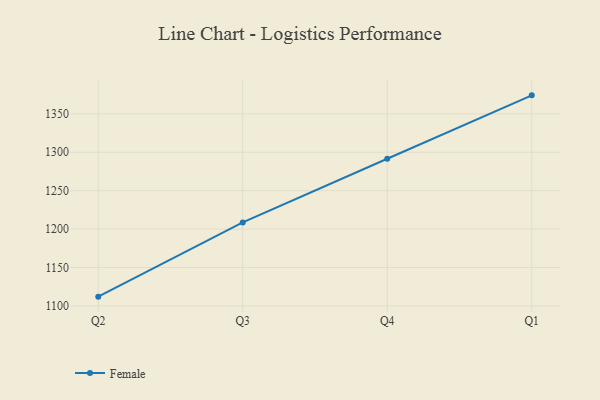
{"axis": {"x": "Quarter", "y": "Backlog"}, "legend": ["Female"], "data": [{"x": "Q2", "y": 1112.1, "type": "Female"}, {"x": "Q3", "y": 1208.7, "type": "Female"}, {"x": "Q4", "y": 1291.6, "type": "Female"}, {"x": "Q1", "y": 1374.1, "type": "Female"}]}